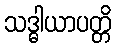
သဒ္ဓါယာပတ္တိ